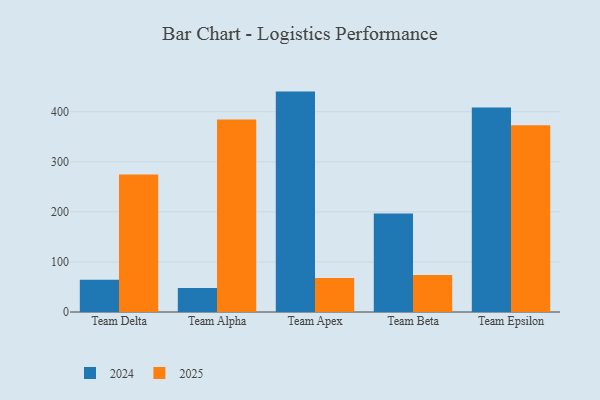
{"axis": {"x": "Team", "y": "Satisfaction Score"}, "legend": ["2024", "2025"], "data": [{"x": "Team Delta", "y": 64.2, "type": "2024"}, {"x": "Team Delta", "y": 274.5, "type": "2025"}, {"x": "Team Alpha", "y": 47.8, "type": "2024"}, {"x": "Team Alpha", "y": 384.5, "type": "2025"}, {"x": "Team Apex", "y": 440.2, "type": "2024"}, {"x": "Team Apex", "y": 67.9, "type": "2025"}, {"x": "Team Beta", "y": 196.7, "type": "2024"}, {"x": "Team Beta", "y": 74.0, "type": "2025"}, {"x": "Team Epsilon", "y": 408.2, "type": "2024"}, {"x": "Team Epsilon", "y": 373.2, "type": "2025"}]}